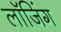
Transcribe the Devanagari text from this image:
लाॅजिंग